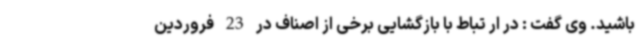
باشید. وی گفت : در ار تباط با بازگشایی برخی از اصناف در 23 فروردین